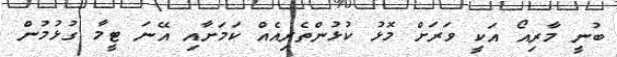
ބުނީ މާރިއޯ އަކީ ވަރަށް މޮޅު ކުޅުންތެރިއެއް ކަމަށާއި އޭނަ ޓީމާ ގުޅުމުން